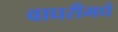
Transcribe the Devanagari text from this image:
वाघरीमधे